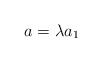
LaTeX: \begin{align*} a = \lambda a_1 \end{align*}